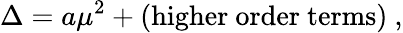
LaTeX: \Delta=a\mu^{2}+(\mathrm{higher\ order\ terms})\ ,